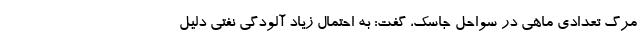
مرگ تعدادی ماهی در سواحل جاسک، گفت: به احتمال زیاد آلودگی نفتی دلیل‌